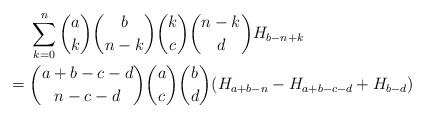
LaTeX: \begin{align*} & \sum_{k=0}^n \binom{a}{k}\binom{b}{n-k}\binom{k}{c}\binom{n-k}{d}H_{b-n+k} \\={} & \binom{a+b-c-d}{n-c-d}\binom{a}{c}\binom{b}{d} (H_{a+b-n}-H_{a+b-c-d}+H_{b-d})\end{align*}